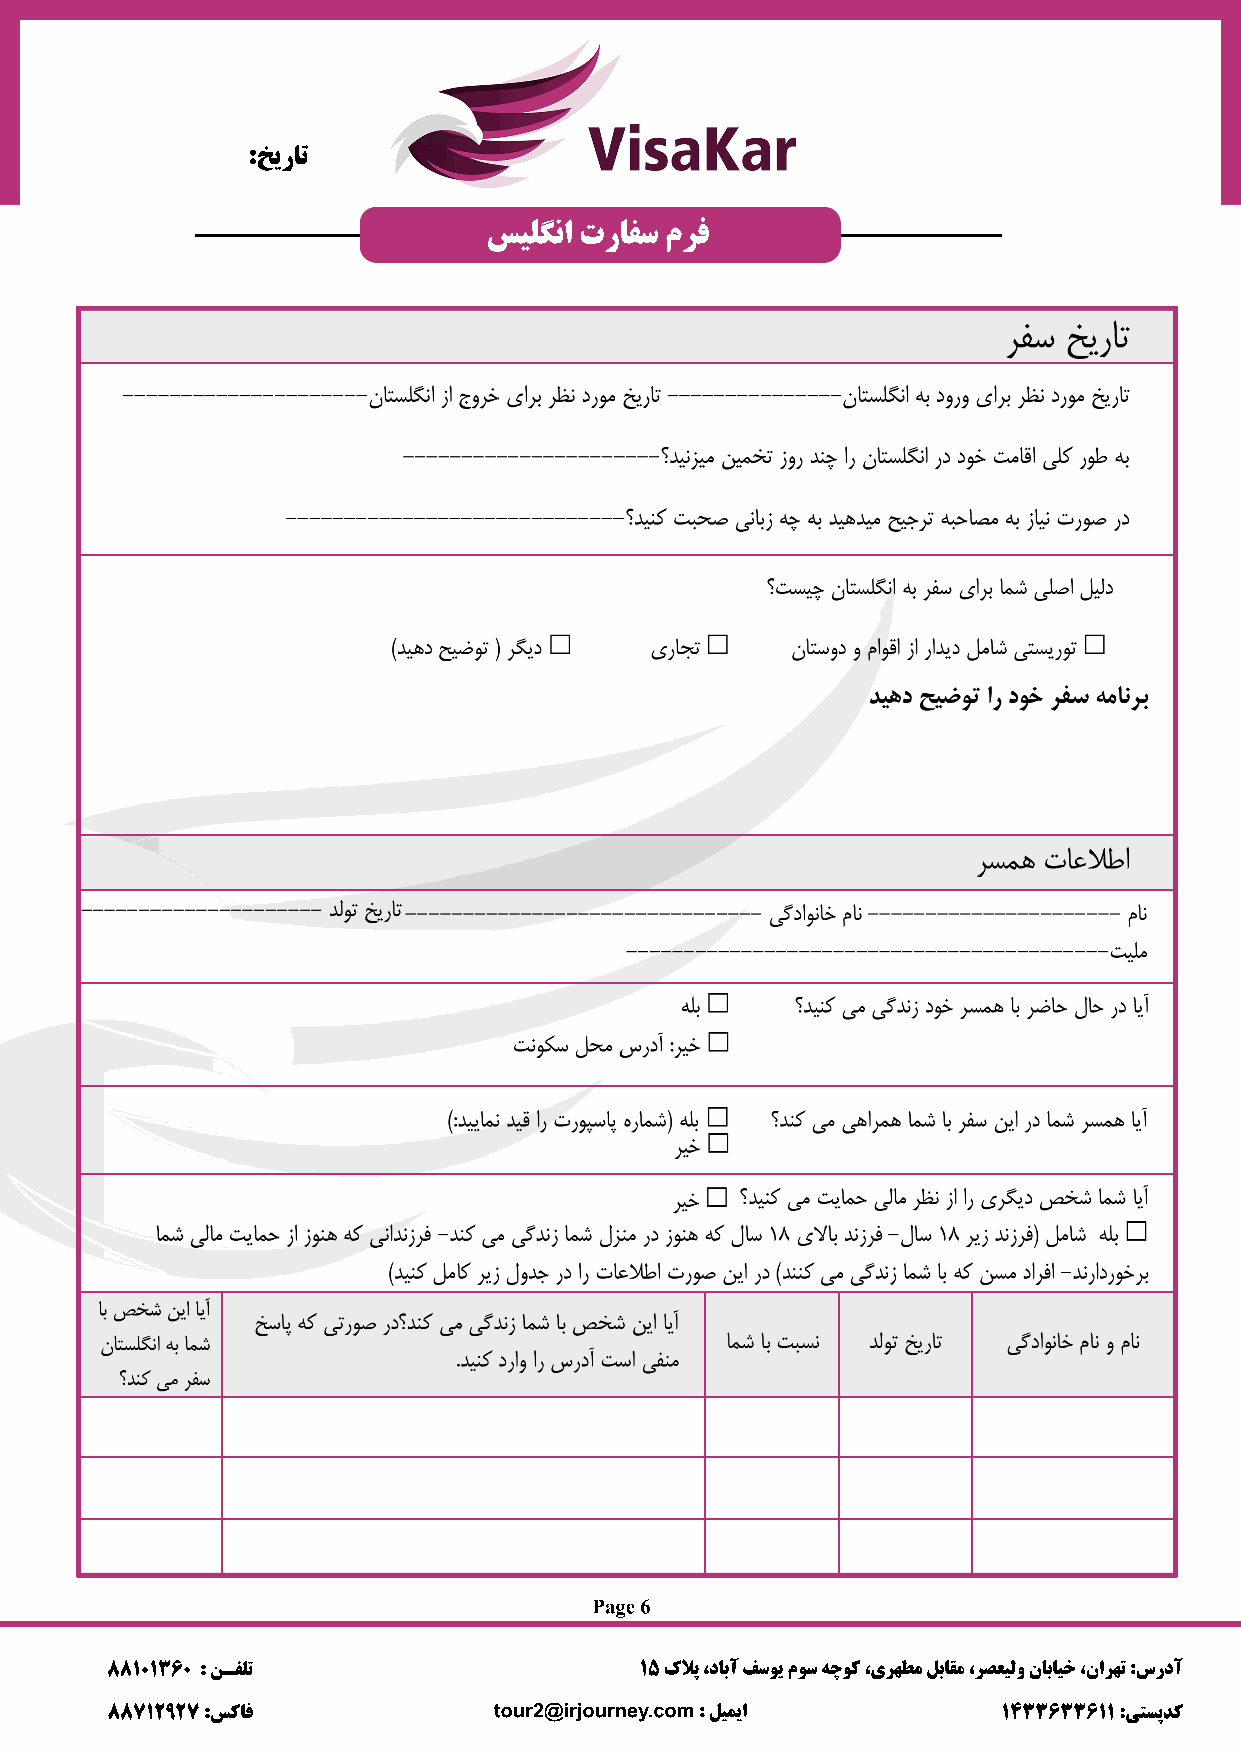
:ﺦﯾرﺎﺗ
 ﺲﯿﻠﮕﻧا ترﺎﻔﺳ مﺮﻓ
 Page 6
 88101360 : ﻦـﻔﻠﺗ                   15 كﻼﭘ ،دﺎﺑآ ﻒﺳﻮﯾ مﻮﺳ ﻪﭼﻮﮐ ،ىﺮﻬﻄﻣ ﻞﺑﺎﻘﻣ ،ﺮﺼﻌﯿﻟو نﺎﺑﺎﯿﺧ ،ناﺮﻬﺗ :سردآ
 88712927 :ﺲﮐﺎﻓ            tour2@irjourney.com : ﻞﯿﻤﯾا      1433633611 :ﻰﺘﺴﭘﺪﮐ